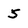
Character: 5